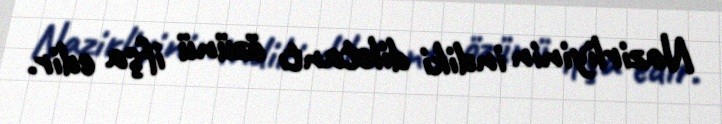
Nazirliyinin indiki diletantı özünü ifşa edir.